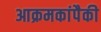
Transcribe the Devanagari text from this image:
आक्रमकांपैकी